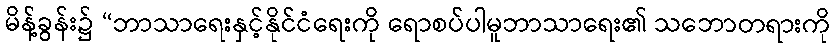
မိန့်ခွန်း၌ “ဘာသာရေးနှင့်နိုင်ငံရေးကို ရောစပ်ပါမူဘာသာရေး၏ သဘောတရားကို